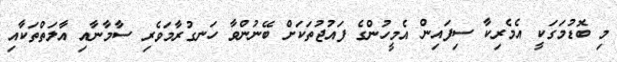
މި ބޮޑުމަގަކީ އެމެރިކާ ސިފައިން އެމީހުންގެ ފައުޖުތަކަށް ބޭނުންވާ ހަނގުރާމަވެރި ސާމާނާއި އާލަތްތަކާއި